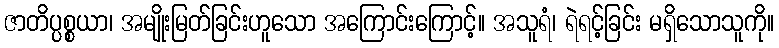
ဇာတိပ္ပစ္စယာ၊ အမျိုးမြတ်ခြင်းဟူသော အကြောင်းကြောင့်။ အသူရံ၊ ရဲရင့်ခြင်း မရှိသောသူကို။